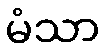
မံသာ